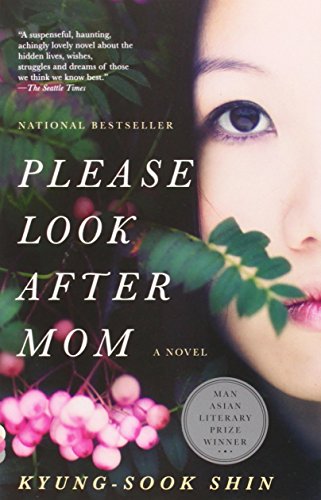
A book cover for Please Look After Mom (Vintage Contemporaries); Kyung-Sook Shin; Literature & Fiction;